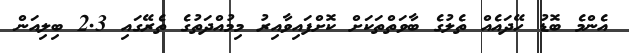
އެންމެ ބޮޑު ހޭދައެއް ތެލުގެ ބާވަތްތަކަށް ކޮށްފައިވާއިރު މިމުއްދަތުގެ ތެރޭގައި 2.3 ބިލިއަން